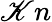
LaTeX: \mathscr{K}n